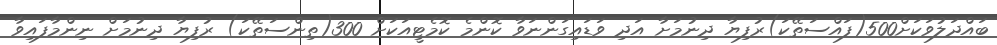
ބައްދަލުވަކަށް500(ފައްސަތޭކަ)ރުފިޔާ ދިނުމަށާ އަދި ވަޑައިގަންނަވާ ކޮންމެ ކޮމެޓީއަކަށް 300(ތިންސަތޭކަ) ރުފިޔާ ދިނުމަށް ނިންމާފައިވާ